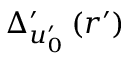
\Delta _ { u _ { 0 } ^ { \prime } } ^ { \prime } \left( r ^ { \prime } \right)